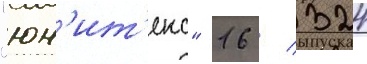
"юн'ит'екс" 16 / 324